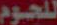
للحوم